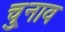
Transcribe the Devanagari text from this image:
चु्नाव